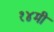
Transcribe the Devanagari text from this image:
१४मी